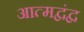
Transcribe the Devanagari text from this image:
आत्मद्वंद्व